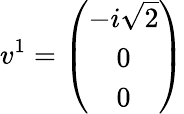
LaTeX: v^{1}=\left(\begin{array}{c}{{-i\sqrt{2}}}\\ {{0}}\\ {{0}}\end{array}\right)